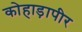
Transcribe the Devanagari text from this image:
कोहाड़ापीर